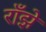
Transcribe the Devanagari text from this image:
राँझे